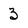
Character: 3